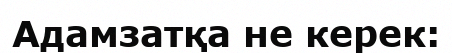
Адамзатқа не керек: